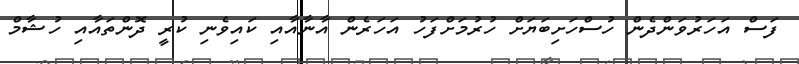
ފަސް އަހަރުވަންދެން ހުސްހަށިބަޔަށް ހުރުމަށްފަހު އަހަރެން އާނާއާއި ކައިވެނި ކުރީ ދޮންތައާއި ހުޝާމް